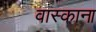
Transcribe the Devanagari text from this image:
वास्काना